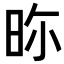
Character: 𣆋